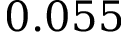
0 . 0 5 5